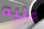
عليه